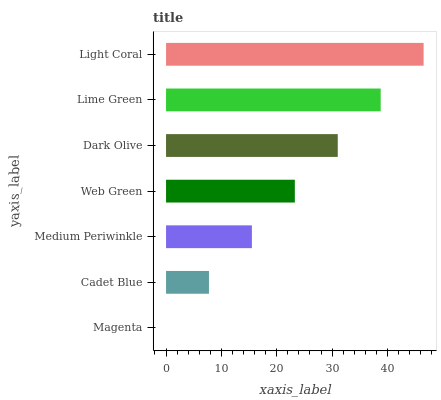
| yaxis_label | bars |
 | --- | --- |
 | Magenta | 0 |
 | Cadet Blue | 7.76 |
 | Medium Periwinkle | 15.5 |
 | Web Green | 23.3 |
 | Dark Olive | 31 |
 | Lime Green | 38.8 |
 | Light Coral | 46.5 |